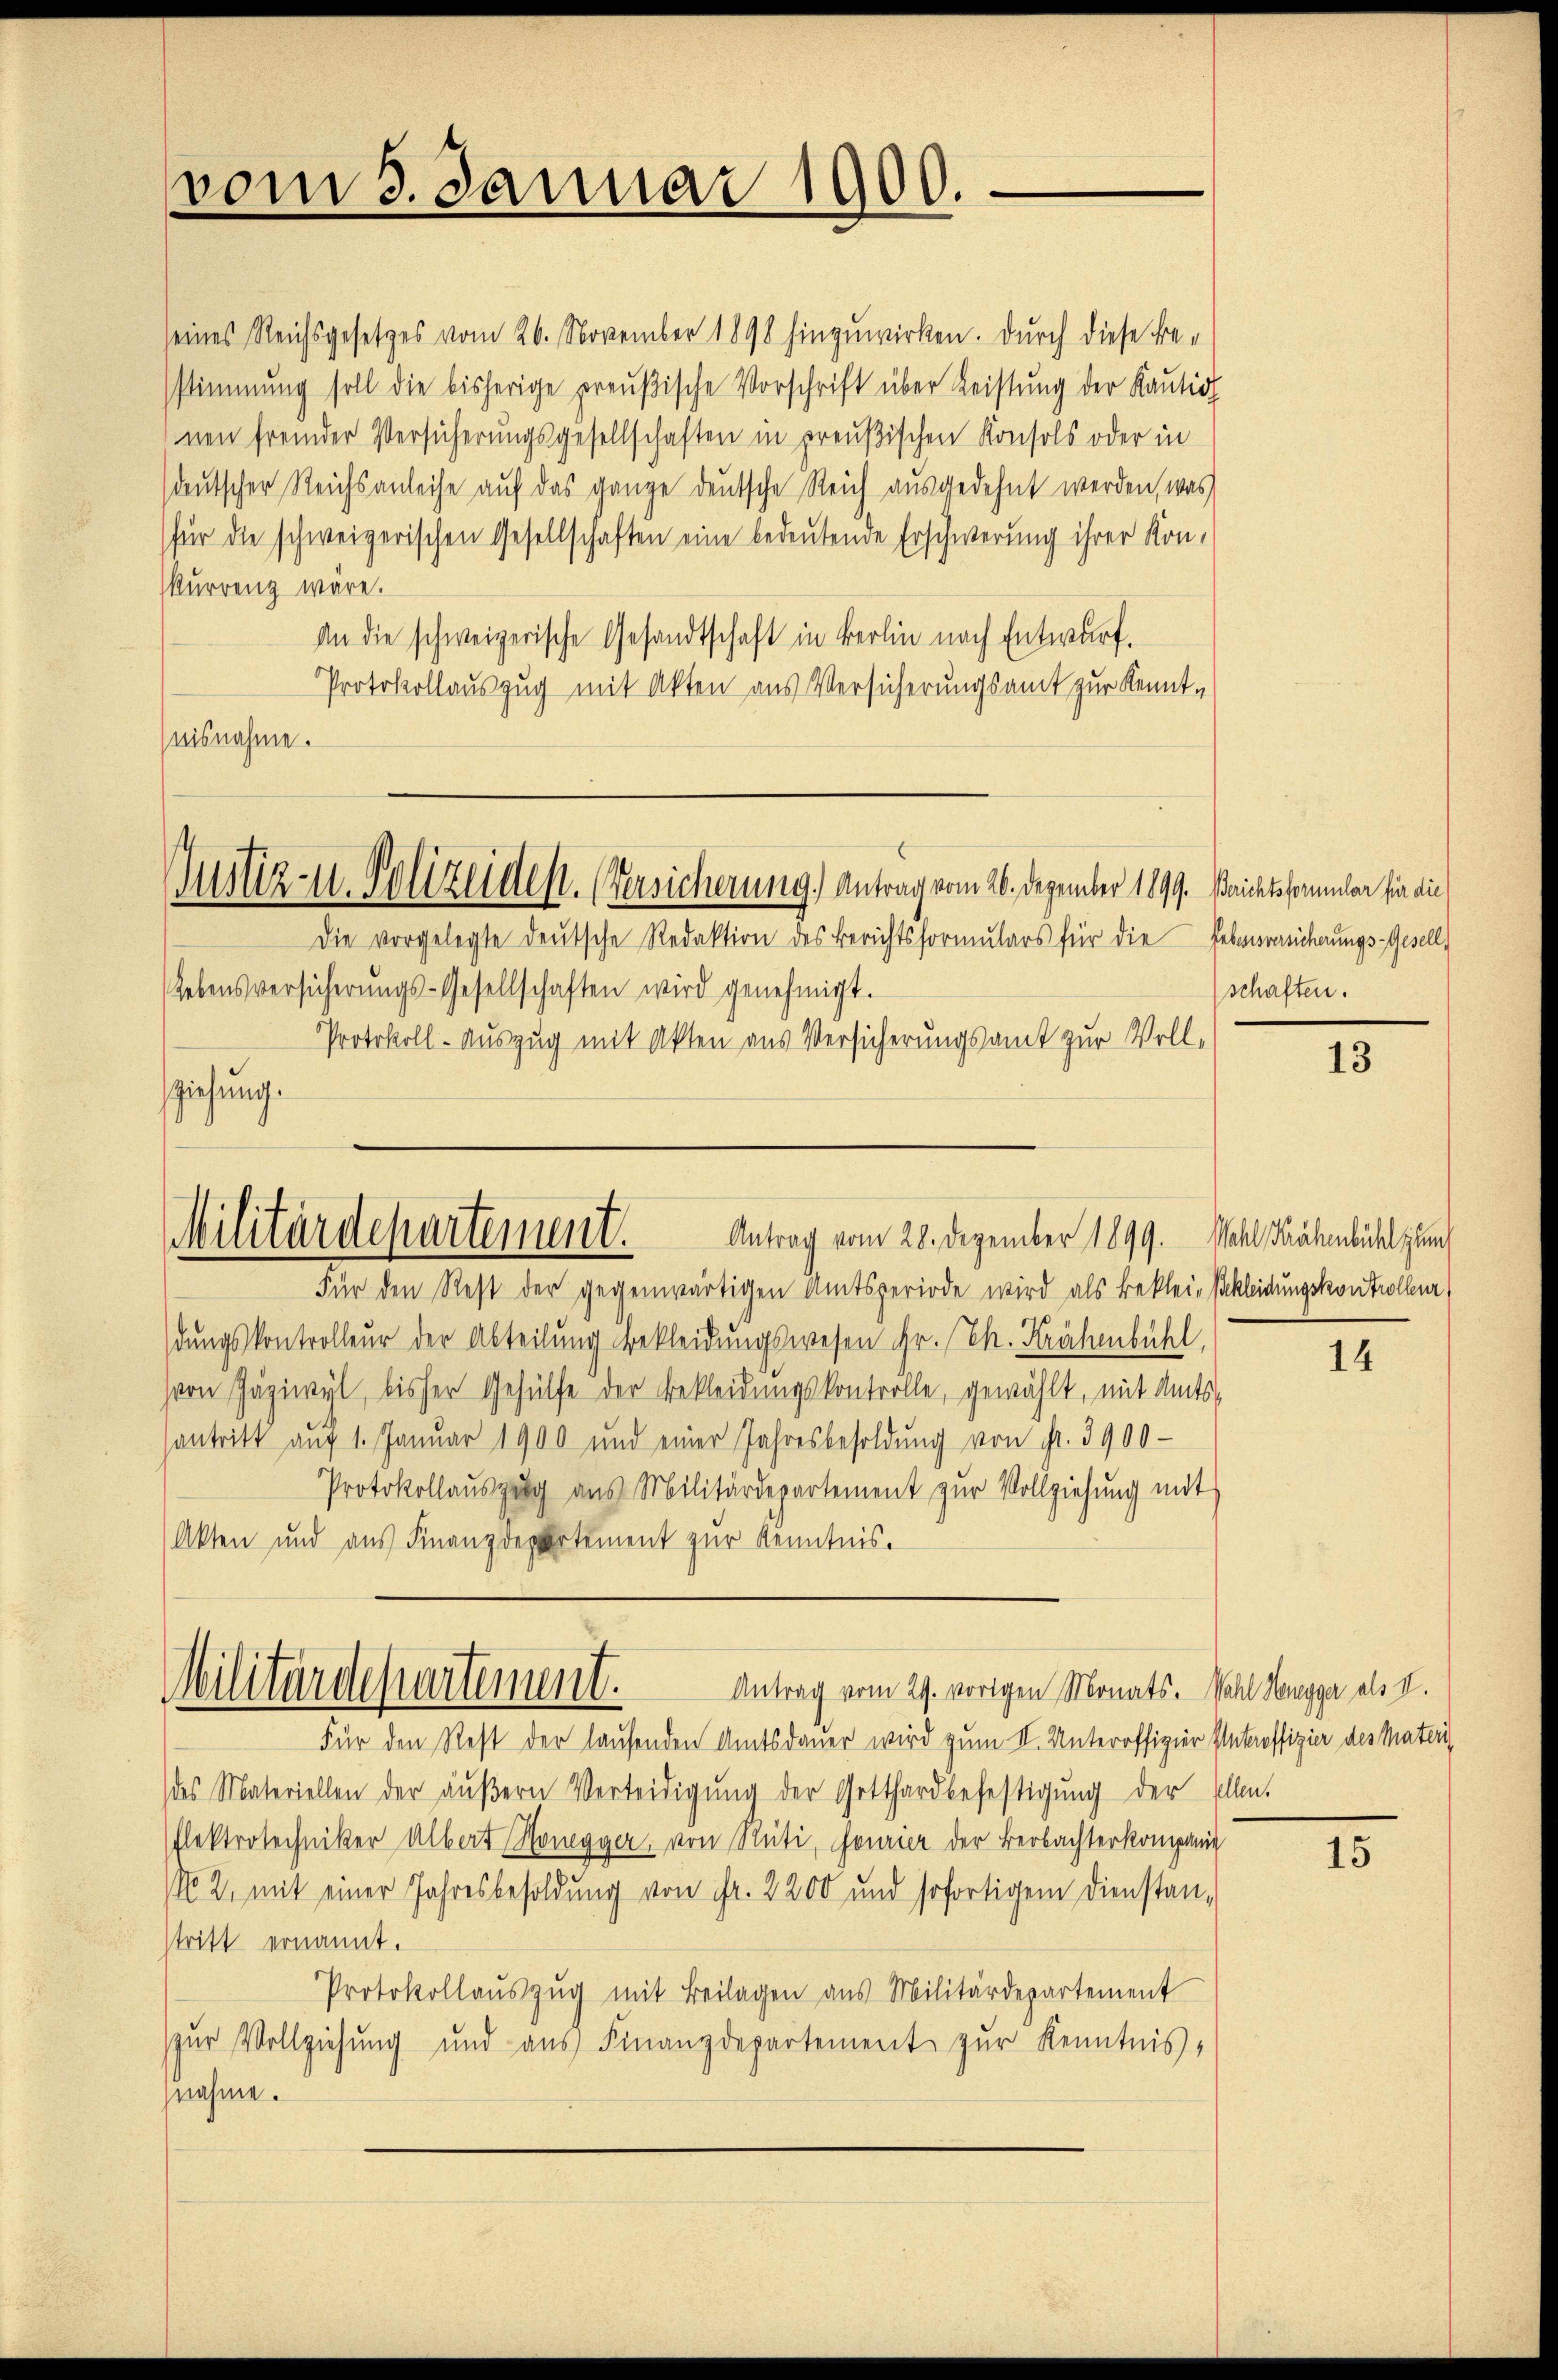
vom 3. Januar 1900.

seines Reichsgesetzes vom 26. November 1898 hinzuwirken. Durch diese Bestimmung soll die bisherige preußische Vorschrift über Leistŭng der Kaŭtio
nen fremder Versicherungsgesellschaften in preußischen Konsols oder in
sdeutscher Reichsanleihe auf das ganze deutsche Reich ausgedehnt werden, was
für die schweizerischen Gesellschaften eine bedeutende Erschwerung ihrer Kon-
kurrenz wäre.
An die schweizerische Gesandtschaft in Berlin nach Entwurf.
Protokollauszug mit Akten aus Versicherungsamt zur Kennt-
nisnahme.

Justiz-u. Polizeident. (Versicherung. Antrag vom 26. Dezember 1899. Baichtsformular für die

Die vorgelegte deŭtsche Redaktion des Berichtsformŭlars für die Erbensversicherungs-Gesell
Lebensversicherŭngs-Gesellschaften wird genehmigt.
Protokoll-auszug mit Akten aus Versicherungsamt zur Vollziehung.

Antrag vom 28. Dezember 1899. Wahl Krähenbühl zum
Militärdepartement.

Für den Rest der gegenwärtigen Amtsperiode wird als Beklei- Eakleidungskontrollenz,
dungskontrolleur der Abteilung bekleidungswesen Fr. Ch. Krähenbühl,
von Jägiwyl, bisher Gehülfe der Bekleidungskontrolle, gewählt, mit Amtssantritt auf 1. Januar 1900 und einer Jahresbesoldŭng von fr. 3900-
Protokollaŭszŭg aŭs Militärdepartement zŭr Vollziehŭng mit
Akten und aus Finanzdepartement zur Kenntnis.

Antrag vom 29. vorigen Monats. Wahl Hengger als I.
Militärdepartement.

schaften.

Für den Rest der laufenden Amtsdauer wird zum II. Unteroffizier Unteroffizier des Materi
des Materiellen der äŭβern Verteidigung der Gotthardbefestigung der allen.
flektrotechniker Albert Honegger, von Rüti, fourier der Beobachterkompanie
No 2. mit einer Jahresbesoldung von Fr. 2200 und sofortigem Dienstan-
stritt ernannt.
Protokollaŭszŭg mit Beilagen aus Militärdepartement
zur Vollziehung und aus Finanzdepartement zur Kenntnis,
znahme.

13

14

15